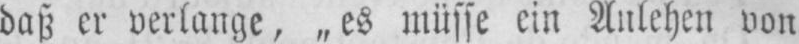
daß er verlange, „es müsse ein Anlehen von